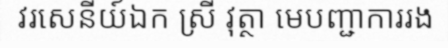
វរសេនីយ៍ឯក ស្រី វុត្ថា មេបញ្ជាការរង